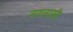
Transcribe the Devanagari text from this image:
नयनासी